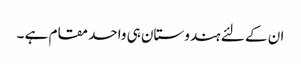
ان کے لئے ہندوستان ہی واحد مقام ہے ۔